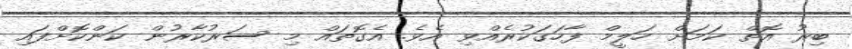
ބިރު އޮތް ކަމަށް ހަލީމް ފާހަގަކުރެއްވި އެވެ. އެގޮތައް މި ސަރުކާރުން ކަންކޮށްފައި